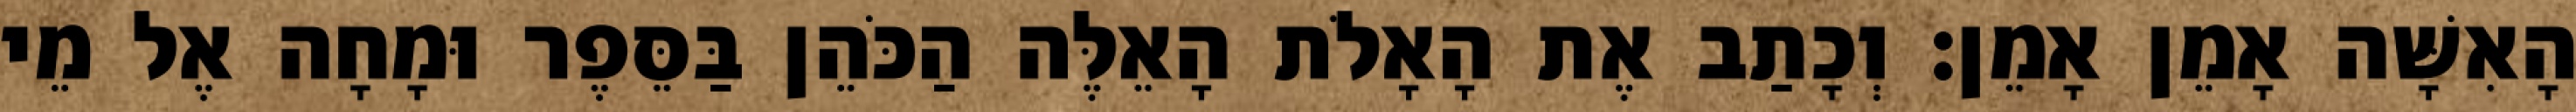
הָאִשָּׁה אָמֵן אָמֵן׃ וְכָתַב אֶת הָאָלֹת הָאֵלֶּה הַכֹּהֵן בַּסֵּפֶר וּמָחָה אֶל מֵי